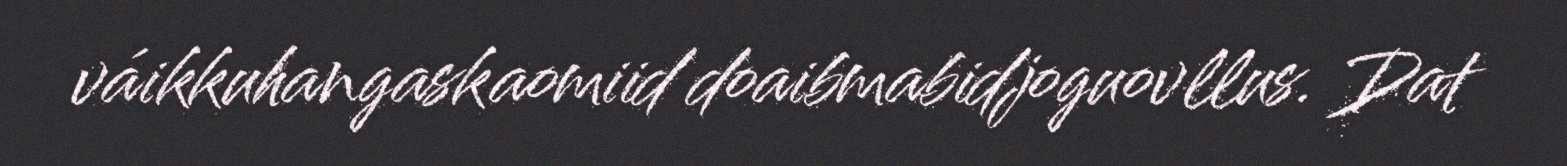
váikkuhangaskaomiid doaibmabidjoguovllus. Dat